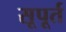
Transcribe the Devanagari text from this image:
सूपूर्त